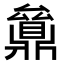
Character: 𠬔